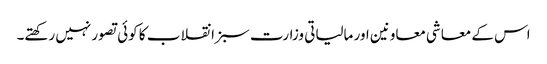
اس کے معاشی معاونین اور مالیاتی وزارت سبز انقلاب کا کوئی تصور نہیں رکھتے۔